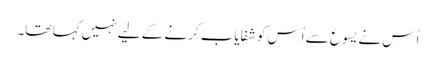
اُس نے یسوع سے اُس کو شفایاب کرنے کے لیے نہیں کہا تھا۔